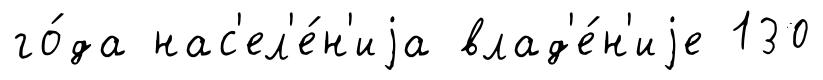
го́да нас'ел'е́н'иjа влад'е́н'иjе 130